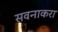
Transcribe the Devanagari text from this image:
सवनाकरा